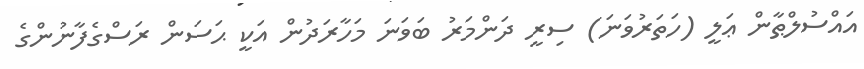
އައްސުލްޠާން ޢަލީ (ހަތަރުވަނަ) ސިރީ ދަންމަރު ބަވަނަ މަހާރަދުން އަކީ ޙަސަން ރަސްގެފާނުންގެ